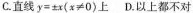
C.直线$$y=x(x≠0)$$上D.以上都不对